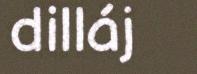
dilláj